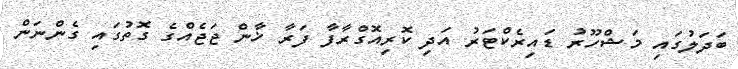
ބަދަލުގައި މަޝްހޫރު ޑައިރެކްޓަރު އަދި ކޮރިއޮގްރާފާ ފަރާ ޚާން ޖަޖެއްގެ ގޮތުގައި ގެންނަން